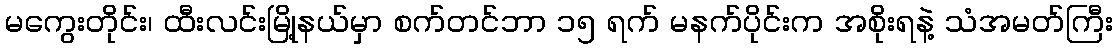
မကွေးတိုင်း၊ ထီးလင်းမြို့နယ်မှာ စက်တင်ဘာ ၁၅ ရက် မနက်ပိုင်းက အစိုးရနဲ့ သံအမတ်ကြီး